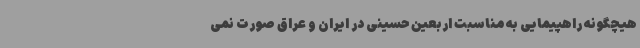
هیچگونه راهپیمایی به مناسبت اربعین حسینی در ایران و عراق صورت نمی